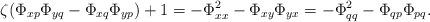
LaTeX: \begin{align*} \zeta(\Phi_{xp}\Phi_{yq}-\Phi_{xq}\Phi_{yp})+1=-\Phi^2_{xx}-\Phi_{xy}\Phi_{yx}=-\Phi^2_{qq}-\Phi_{qp}\Phi_{pq}. \end{align*}